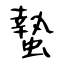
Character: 蟄